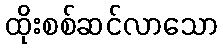
ထိုးစစ်ဆင်လာသော